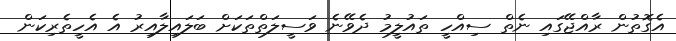
އެގޮތުން ރާއްޖޭގައި ނެތް ސިއްހީ ތައުލީމު ދެވޭނެ ވަސީލަތްތަކަށް ބަލައިލާއިރު އެ އެހީތެރިކަން